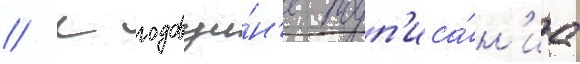
// К годовщи́н'е подп'иса́н'иа